Report of the Indian Hemp Drugs Commission, 1894-1895 - Volume IV
Year: 1894
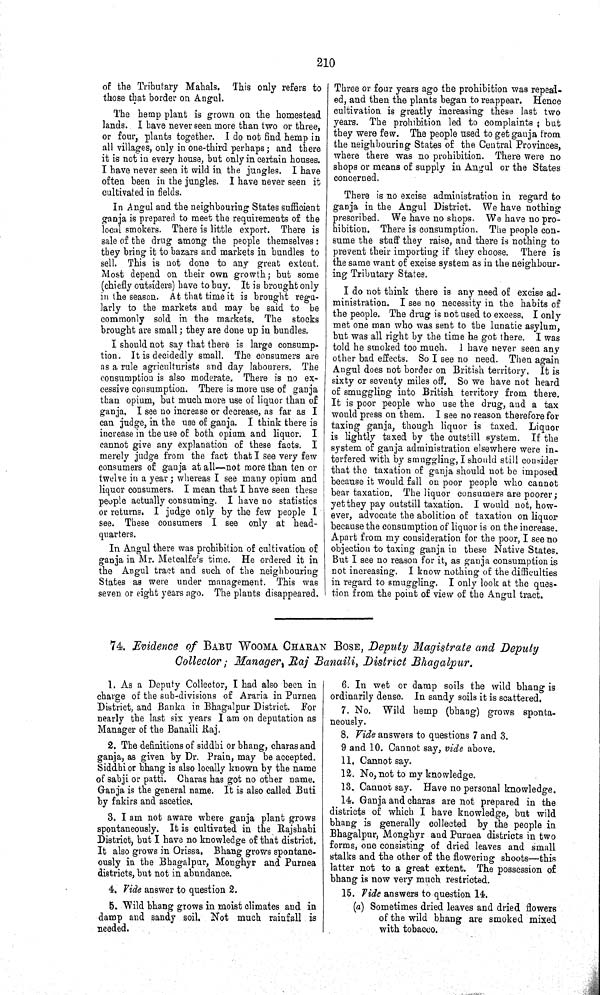
210
of the Tributary Mahals.
This only refers to
those that border on Angul.
The hemp plant is grown on the homestead
lands. I have never seen more than two or three,
or four, plants together. I do not find hemp in
all villages, only in one-third perhaps; and there
it is not in every house, but only in certain houses.
I have never seen it wild in the jungles. I have
often been in the jungles. I have never seen it
cultivated in fields.
In Angul and the neighbouring States sufficient
ganja is prepared to meet the requirements of the
local smokers. There is little export. There is
sale of the drug among the people themselves:
they bring it to bazars and markets in bundles to
sell. This is not done to any great extent.
Most depend on their own growth; but some
(chiefly outsiders) have to buy. It is brought only
in the season. At that time it is brought regu-
larly to the markets and may be said to be
commonly sold in the markets. The stocks
brought are small; they are done up in bundles.
I should not say that there is large consump-
tion. It is decidedly small. The consumers are
as a rule agriculturists and day labourers. The
consumption is also moderate. There is no ex-
cessive consumption. There is more use of ganja
than opium, but much more use of liquor than of
ganja. I see no increase or decrease, as far as I
can judge, in the use of ganja. I think there is
increase in the use of both opium and liquor.
I
cannot give any explanation of these facts.
I
merely judge from the fact that I see very few
consumers of ganja at all—not more than ten or
twelve in a year; whereas I see many opium and
liquor consumers. I mean that I have seen these
people actually consuming. I have no statistics
or returns. I judge only by the few people I
see. These consumers I see only at head-
quarters.
In Angul there was prohibition of cultivation of
ganja in Mr. Metcalfe's time. He ordered it in
the Angul tract and such of the neighbouring
States as were under management. This was
seven or eight years ago. The plants disappeared.
Three or four years ago the prohibition was repeal-
ed, and then the plants began to reappear. Hence
cultivation is greatly increasing these last two
years. The prohibition led to complaints; but
they were few. The people used to get ganja from
the neighbouring States of the Central Provinces,
where there was no prohibition. There were no
shops or means of supply in Angul or the States
concerned.
There is no excise administration in regard to
ganja in the Angul District. We have nothing
prescribed. We have no shops. We have no pro-
hibition. There is consumption. The people con-
sume the stuff they raise, and there is nothing to
prevent their importing if they choose. There is
the same want of excise system as in the neighbour-
ing Tributary States.
I do not think there is any need of excise ad-
ministration. I see no necessity in the habits of
the people. The drug is not used to excess. I only
met one man who was sent to the lunatic asylum,
but was all right by the time he got there. I was
told he smoked too much. I have never seen any
other bad effects. So I see no need. Then again
Angul does not border on British territory. It is
sixty or seventy miles off. So we have not heard
of smuggling into British territory from there.
It is poor people who use the drug, and a tax
would press on them. I see no reason therefore for
taxing ganja, though liquor is taxed. Liquor
is lightly taxed by the outstill system. If the
system of ganja administration elsewhere were in-
terfered with by smuggling, I should still consider
that the taxation of ganja should not be imposed
because it would fall on poor people who cannot
bear taxation. The liquor consumers are poorer;
yet they pay outstill taxation. I would not, how-
ever, advocate the abolition of taxation on liquor
because the consumption of liquor is on the increase.
Apart from my consideration for the poor, I see no
objection to taxing ganja in these Native States.
But I see no reason for it, as ganja consumption is
not increasing. I know nothing of the difficulties
in regard to smuggling. I only look at the ques-
tion from the point of view of the Angul tract.
74 Evidence of BABU WOOMA CHARAN BOSE, Deputy Magistrate and Deputy
Collector; Manager, Raj Banaili, District
Bhagalpur.
1. As a Deputy Collector, I had also been in
charge of the sub-divisions of Araria in Purnea
District, and Banka in Bhagalpur District. For
nearly the last six years I am on deputation as
Manager of the Banaili Raj.
2. The definitions of siddhi or bhang, charas and
ganja, as given by Dr. Prain, may be accepted.
Siddhi or bhang is also locally known by the name
of sabji or patti. Charas has got no other name.
Ganja is the general name. It is also called Buti
by fakirs and ascetics.
3. I am not aware where ganja plant grows
spontaneously. It is cultivated in the Rajshahi
District, but I have no knowledge of that district.
It also grows in Orissa. Bhang grows spontane-
ously in the Bhagalpur, Monghyr and Purnea
districts, but not in abundance.
4.Vide answer to question 2.
5. Wild bhang grows in moist climates and in
damp and sandy soil. Not much rainfall is
needed.
6. In wet or damp soils the wild bhang is
ordinarily dense. In sandy soils it is scattered.
7. No. Wild hemp (bhang) grows sponta-
neously.
8. Vide answers to questions 7 and 3.
9 and 10. Cannot say, vide above.
11. Cannot say.
12. No, not to my knowledge.
13. Cannot say. Have no personal knowledge.
14. Ganja and charas are not prepared in the
districts of which I have knowledge, but wild
bhang is generally collected by the people in
Bhagalpur, Monghyr and Purnea districts in two
forms, one consisting of dried leaves and small
stalks and the other of the flowering shoots—this
latter not to a great extent. The possession of
bhang is now very much restricted.
15. Vide answers to question 14.
(a) Sometimes dried leaves and dried flowers
of the wild bhang are smoked mixed
with tobacco.